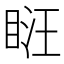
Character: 𥆚